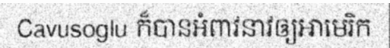
Cavusoglu ក៏បានអំពាវនាវឲ្យអាមេរិក